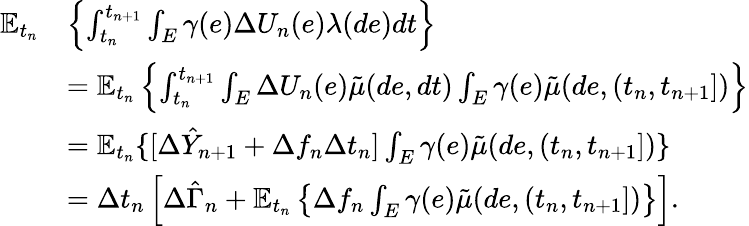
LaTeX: \begin{array}{r}{\begin{array}{rl}{\mathbb{E}_{t_{n}}}&{\left\{ \int_{t_{n}}^{t_{n+1}}\int_{E}\gamma(e)\Delta U_{n}(e)\lambda(de)dt\right\} }\\ &{=\mathbb{E}_{t_{n}}\left\{ \int_{t_{n}}^{t_{n+1}}\int_{E}\Delta U_{n}(e)\tilde{\mu}(de,dt)\int_{E}\gamma(e)\tilde{\mu}(de,(t_{n},t_{n+1}])\right\} }\\ &{=\mathbb{E}_{t_{n}}\{ [\Delta\hat{Y}_{n+1}+\Delta f_{n}\Delta t_{n}]\int_{E}\gamma(e)\tilde{\mu}(de,(t_{n},t_{n+1}])\} }\\ &{=\Delta t_{n}\left[\Delta\hat{\Gamma}_{n}+\mathbb{E}_{t_{n}}\left\{ \Delta f_{n}\int_{E}\gamma(e)\tilde{\mu}(de,(t_{n},t_{n+1}])\right\} \right].}\end{array}}\end{array}